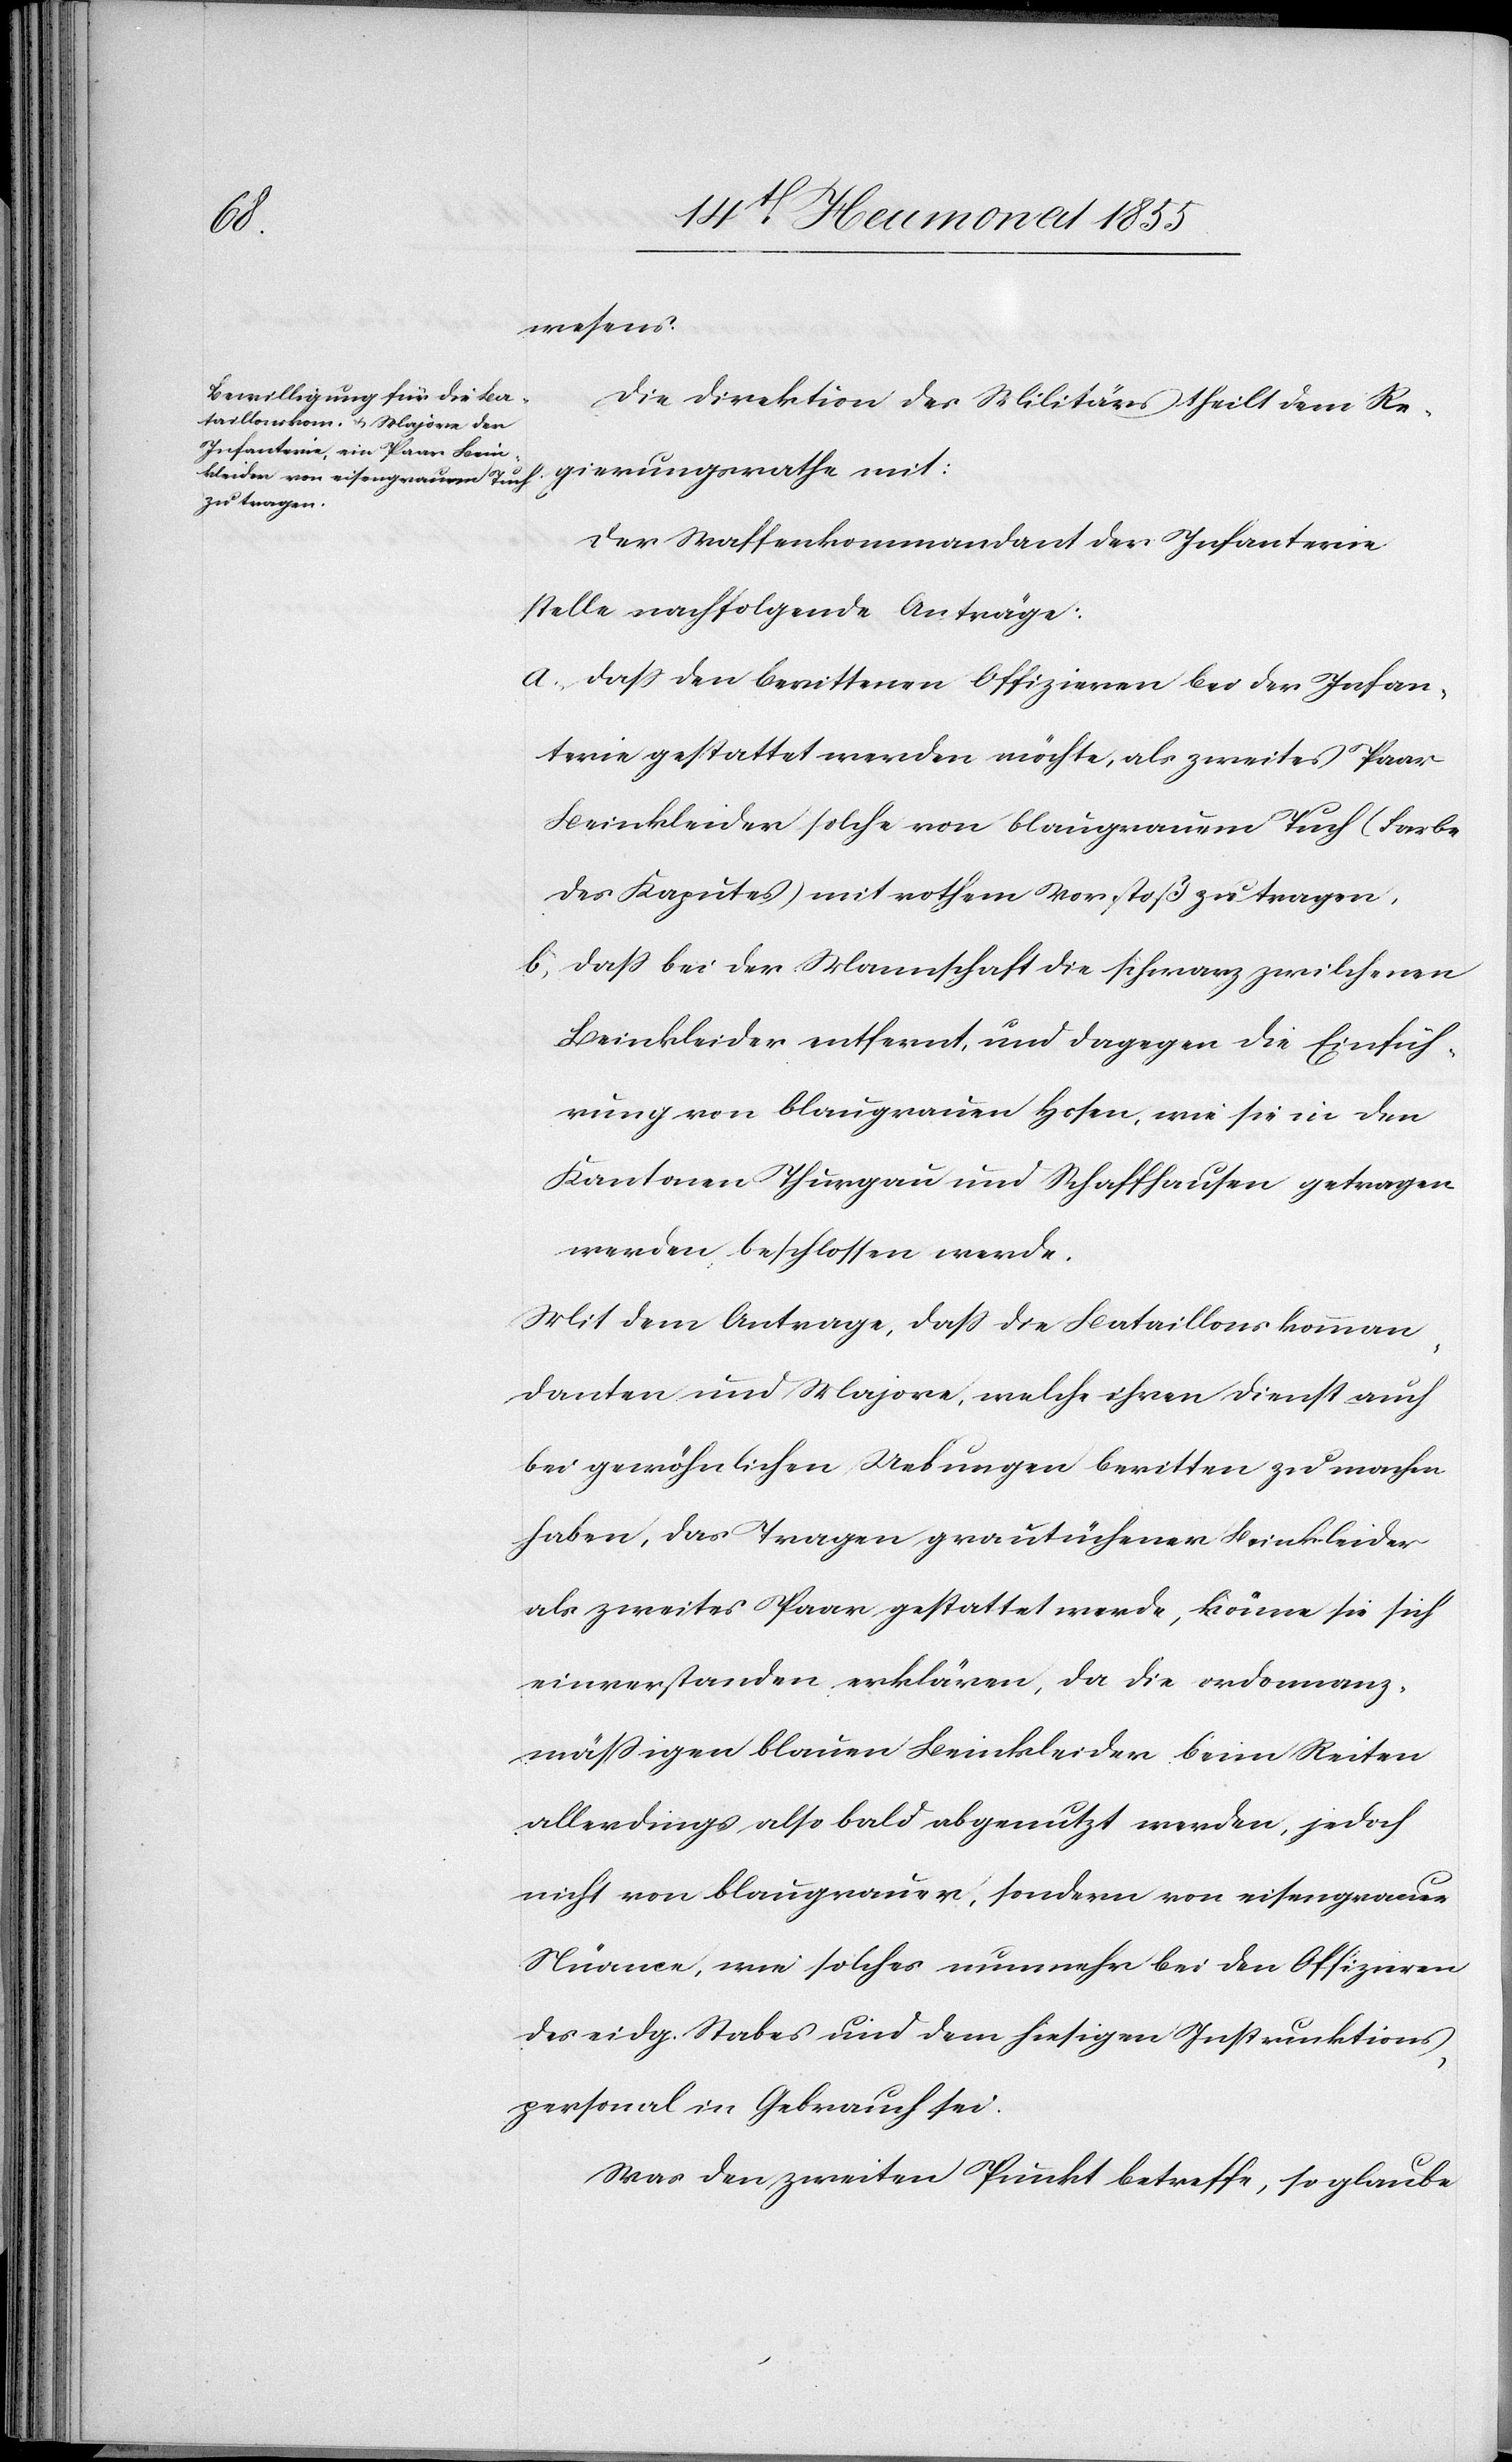
wesens.
Die Direktion des Militärs theilt dem Re¬
gierungsrathe mit:
Der Waffenkommandant der Infanterie
stelle nachfolgende Anträge:
dass den berittenen Offizieren bei der Infan¬
terie gestattet werden möchte, als zweites Paar
Beinkleider solche von blaugrauem Tuch (Farbe
des Kaputes) mit rothem Vorstoß zu tragen,
daß bei der Mannschaft die schwarz zwilchenen
Beinkleider entfernt, und dagegen die Einfüh¬
rung von blaugrauen Hosen, wie sie in den
Kantonen Thurgau und Schaffhausen getragen
werden, beschlossen werde.
Mit dem Antrage, dass die Bataillonskomman¬
danten und Majore, welche ihren Dienst auch
bei gewöhnlichen Uebungen beritten zu machen
haben, das Tragen grautüchener Beinkleider
als zweites Paar gestattet werde, könne sie sich
einverstanden erklären, da die ordonnanz¬
mässigen blauen Beinkleider beim Reiten
allerdings also bald abgenutzt werden, jedoch
nicht von blaugrauer, sondern von eisengrauer
Nüance, wie solches nunmehr bei den Offizieren
des eidg. Stabes und dem hiesigen Instruktions¬
personal in Gebrauch sei.
Was den zweiten Punkt betreffe, so glaube